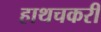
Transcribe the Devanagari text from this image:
हाथचकरी